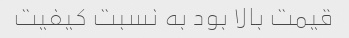
قیمت بالا بود به نسبت کیفیت